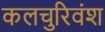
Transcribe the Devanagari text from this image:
कलचुरिवंश